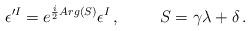
LaTeX: \begin{align*}\epsilon^{\prime I}=e^{\frac{i}{2}Arg(S)}\epsilon^{I}\, ,\hspace{1cm}S=\gamma\lambda+\delta\, .\end{align*}